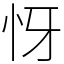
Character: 㤉